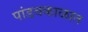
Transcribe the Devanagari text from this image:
पांडवकाळात